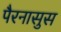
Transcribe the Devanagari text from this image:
पैरनासुस